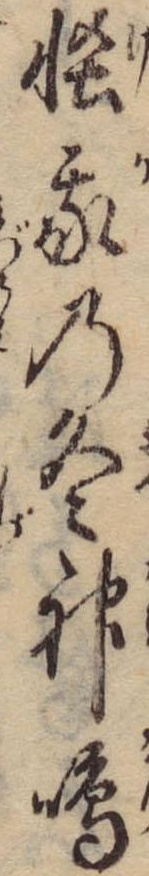
怪我の冬神鳴